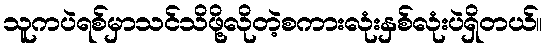
သူကပဲရစ်မှာသင်သိဖို့လိုတဲ့စကားလုံးနှစ်လုံးပဲရှိတယ်။